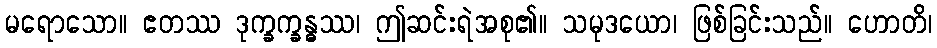
မရောသော။ ဧတဿ ဒုက္ခက္ခန္ဓဿ၊ ဤဆင်းရဲအစု၏။ သမုဒယော၊ ဖြစ်ခြင်းသည်။ ဟောတိ၊